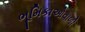
ભૂમિકાઓવાળી